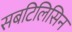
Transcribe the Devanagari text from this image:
सबटिलिसिन